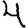
Digit: 4